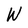
Character: W